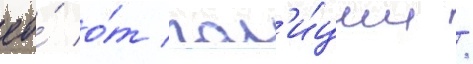
ео́ о́т пол'и́ции /